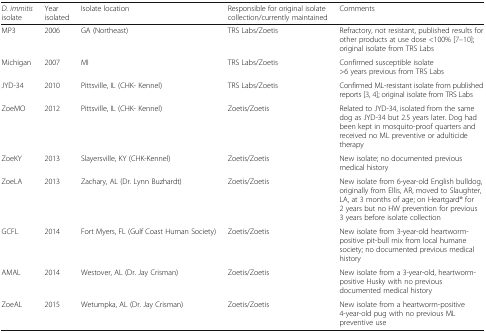
<table><thead><tr><td><b><i>D. immitis</i> isolate</b></td><td><b>Year isolated</b></td><td><b>Isolate location</b></td><td><b>Responsible for original isolate collection/currently maintained</b></td><td><b>Comments</b></td></tr></thead><tbody><tr><td>MP3</td><td>2006</td><td>GA (Northeast)</td><td>TRS Labs/Zoetis</td><td>Refractory, not resistant, published results for other products at use dose &lt;100% [7–10]; original isolate from TRS Labs</td></tr><tr><td>Michigan</td><td>2007</td><td>MI</td><td>TRS Labs/Zoetis</td><td>Confirmed susceptible isolate&gt;6 years previous from TRS Labs</td></tr><tr><td>JYD-34</td><td>2010</td><td>Pittsville, IL (CHK- Kennel)</td><td>TRS Labs/Zoetis</td><td>Confirmed ML-resistant isolate from published reports [3, 4]; original isolate from TRS Labs</td></tr><tr><td>ZoeMO</td><td>2012</td><td>Pittsville, IL (CHK- Kennel)</td><td>Zoetis/Zoetis</td><td>Related to JYD-34, isolated from the same dog as JYD-34 but 2.5 years later. Dog had been kept in mosquito-proof quarters and received no ML preventive or adulticide therapy</td></tr><tr><td>ZoeKY</td><td>2013</td><td>Slayersville, KY (CHK-Kennel)</td><td>Zoetis/Zoetis</td><td>New isolate; no documented previous medical history</td></tr><tr><td>ZoeLA</td><td>2013</td><td>Zachary, AL (Dr. Lynn Buzhardt)</td><td>Zoetis/Zoetis</td><td>New isolate from 6-year-old English bulldog, originally from Ellis, AR, moved to Slaughter, LA, at 3 months of age; on Heartgard® for 2 years but no HW prevention for previous 3 years before isolate collection</td></tr><tr><td>GCFL</td><td>2014</td><td>Fort Myers, FL (Gulf Coast Human Society)</td><td>Zoetis/Zoetis</td><td>New isolate from 3-year-old heartworm-positive pit-bull mix from local humane society; no documented previous medical history</td></tr><tr><td>AMAL</td><td>2014</td><td>Westover, AL (Dr. Jay Crisman)</td><td>Zoetis/Zoetis</td><td>New isolate from a 3-year-old, heartworm-positive Husky with no previous documented medical history</td></tr><tr><td>ZoeAL</td><td>2015</td><td>Wetumpka, AL (Dr. Jay Crisman)</td><td>Zoetis/Zoetis</td><td>New isolate from a heartworm-positive 4-year-old pug with no previous ML preventive use</td></tr></tbody></table>